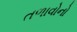
તળાવોનો